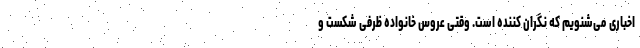
اخباری می‌شنویم که نگران کننده است. وقتی عروس خانواده ظرفی شکست و